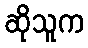
ဆိုသူက